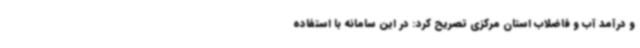
و درآمد آب و فاضلاب استان مرکزی تصریح کرد: در این سامانه با استفاده